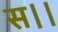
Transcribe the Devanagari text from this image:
स।।